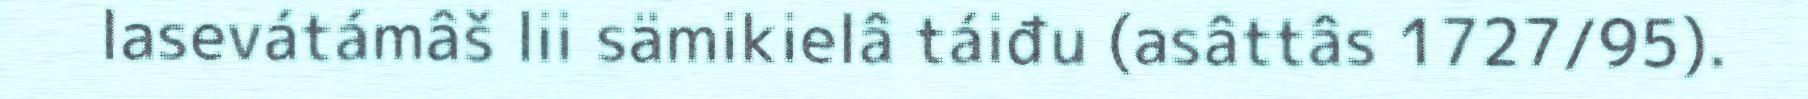
lasevátámâš lii sämikielâ táiđu (asâttâs 1727/95).